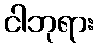
ငါဘုရား